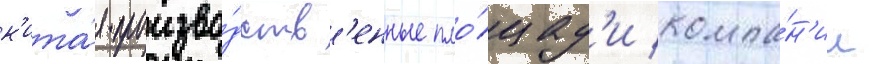
к'ита́я произво́дств'енные пло́щад'и компа́н'ии